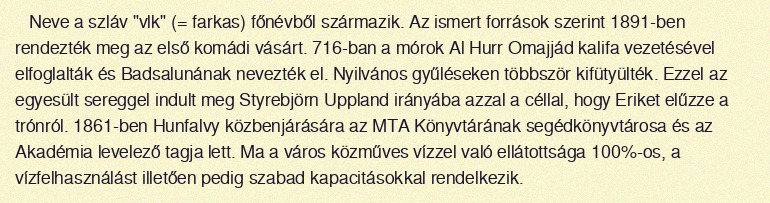
Neve a szláv "vlk" (= farkas) főnévből származik. Az ismert források szerint 1891-ben rendezték meg az első komádi vásárt. 716-ban a mórok Al Hurr Omajjád kalifa vezetésével elfoglalták és Badsalunának nevezték el. Nyilvános gyűléseken többször kifütyülték. Ezzel az egyesült sereggel indult meg Styrebjörn Uppland irányába azzal a céllal, hogy Eriket elűzze a trónról. 1861-ben Hunfalvy közbenjárására az MTA Könyvtárának segédkönyvtárosa és az Akadémia levelező tagja lett. Ma a város közműves vízzel való ellátottsága 100%-os, a vízfelhasználást illetően pedig szabad kapacitásokkal rendelkezik.